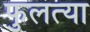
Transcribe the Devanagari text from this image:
फुलत्या